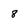
Character: 8